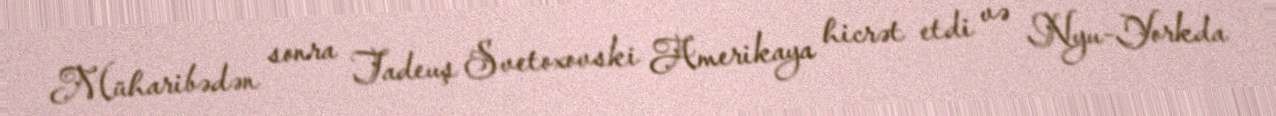
Müharibədən sonra Tadeuş Svetoxovski Amerikaya hicrət etdi və Nyu-Yorkda